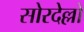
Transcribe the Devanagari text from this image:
सोरदेल्लो